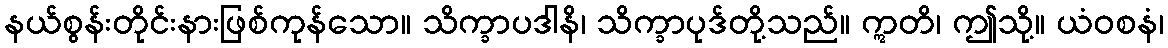
နယ်စွန်းတိုင်းနားဖြစ်ကုန်သော။ သိက္ခာပဒါနိ၊ သိက္ခာပုဒ်တို့သည်။ ဣတိ၊ ဤသို့။ ယံဝစနံ၊